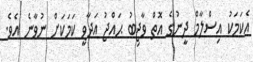
އެކަމަކު އިސްލާމް ދީނުގެ އޮތް ވާޖިބު ޙައްޖު އަދާވީ ކަމަކަށް ނުވާނެ އެވެ.